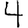
Digit: 4